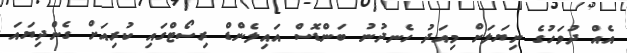
އެއް ދުވަހުގެ ނިޔަލަށް މިއަދު ހެނދުނު ބަންޑޮސް އައިލެންޑް ރިސޯޓްގައި ކުރިއަށް ގެންދިޔައަ